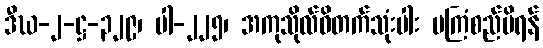
ဒီဃ-၂-ဋ္ဌ-၃၂၉၊ ပါ-၂၂၅၊ အကုသိုလ်ဝိတက်သုံးပါး မကြံစည်မိရန်